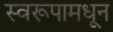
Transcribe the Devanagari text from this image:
स्वरूपामधून